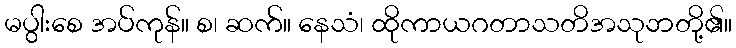
မပွါးစေ အပ်ကုန်။ စ၊ ဆက်။ နေသံ၊ ထိုကာယဂတာသတိအသုဘတို့၏။